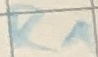
Text: R1